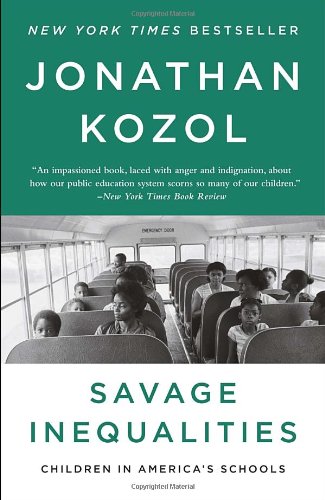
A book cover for Savage Inequalities: Children in America's Schools; Jonathan Kozol; Politics & Social Sciences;